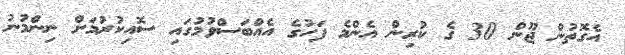
އެގޮތުން ޖޫން 30 ގެ ކުރިން އެންމެ ފަހުގެ އެއްބަސްވުމުގައި ސޮއިކުރުމަށް ނިންމުނު